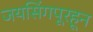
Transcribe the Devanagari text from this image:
जयसिंगपूरहून